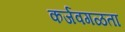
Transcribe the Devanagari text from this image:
कर्जवगळता